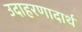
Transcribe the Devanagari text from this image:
उदाहरणादार्थ